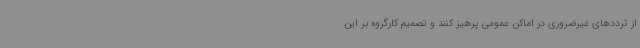
از ترددهای غیرضروری در اماکن عمومی پرهیز کنند و تصمیم کارگروه بر این